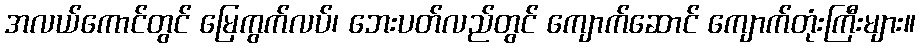
အလယ်ကောင်တွင် မြေကွက်လပ်၊ ဘေးပတ်လည်တွင် ကျောက်ဆောင် ကျောက်တုံးကြီးများ။